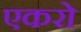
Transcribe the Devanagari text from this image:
एकरो